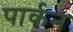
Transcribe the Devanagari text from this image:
पार्कन